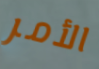
الأمر